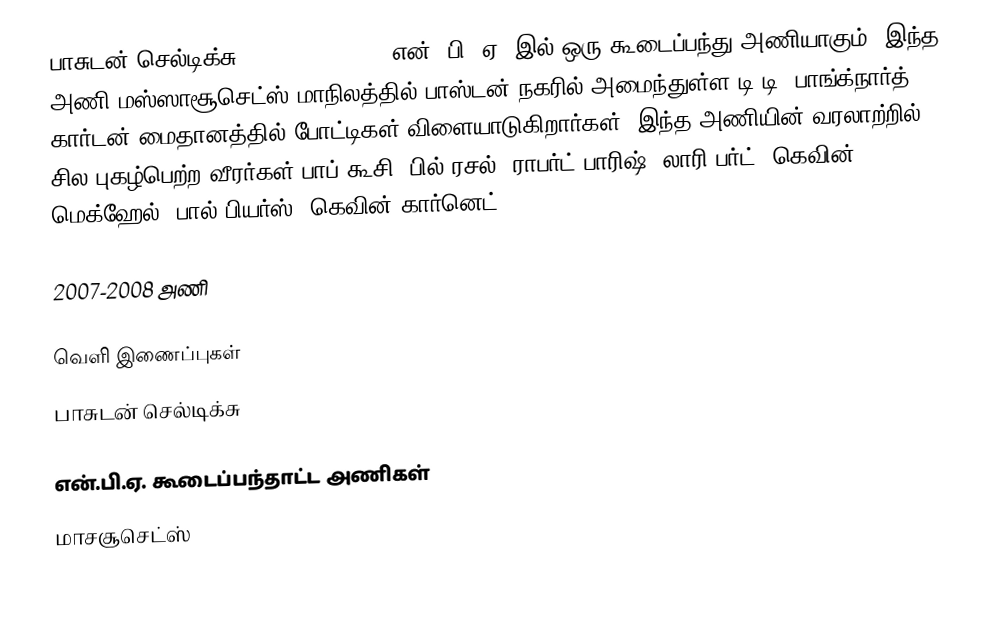
பாசுடன் செல்டிக்சு (Boston Celtics) என். பி. ஏ.-இல் ஒரு கூடைப்பந்து அணியாகும். இந்த அணி மஸ்ஸாசூசெட்ஸ் மாநிலத்தில் பாஸ்டன் நகரில் அமைந்துள்ள  டி.டி. பாங்க்நார்த் கார்டன் மைதானத்தில் போட்டிகள் விளையாடுகிறார்கள். இந்த அணியின் வரலாற்றில் சில புகழ்பெற்ற வீரர்கள் பாப் கூசி, பில் ரசல், ராபர்ட் பாரிஷ், லாரி பர்ட், கெவின் மெக்ஹேல், பால் பியர்ஸ், கெவின் கார்னெட்.

2007-2008 அணி

வெளி இணைப்புகள்
 பாசுடன் செல்டிக்சு

என்.பி.ஏ. கூடைப்பந்தாட்ட அணிகள்
மாசசூசெட்ஸ்